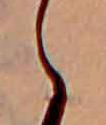
ゝ